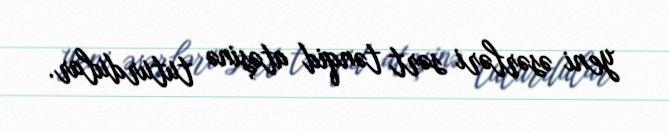
yeni əsərləri sərt tənqid atəşinə tuturdular.